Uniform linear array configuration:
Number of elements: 16
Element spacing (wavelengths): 0.75
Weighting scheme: blackman
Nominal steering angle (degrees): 30
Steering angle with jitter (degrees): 29.772
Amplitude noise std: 0.05
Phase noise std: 0.05

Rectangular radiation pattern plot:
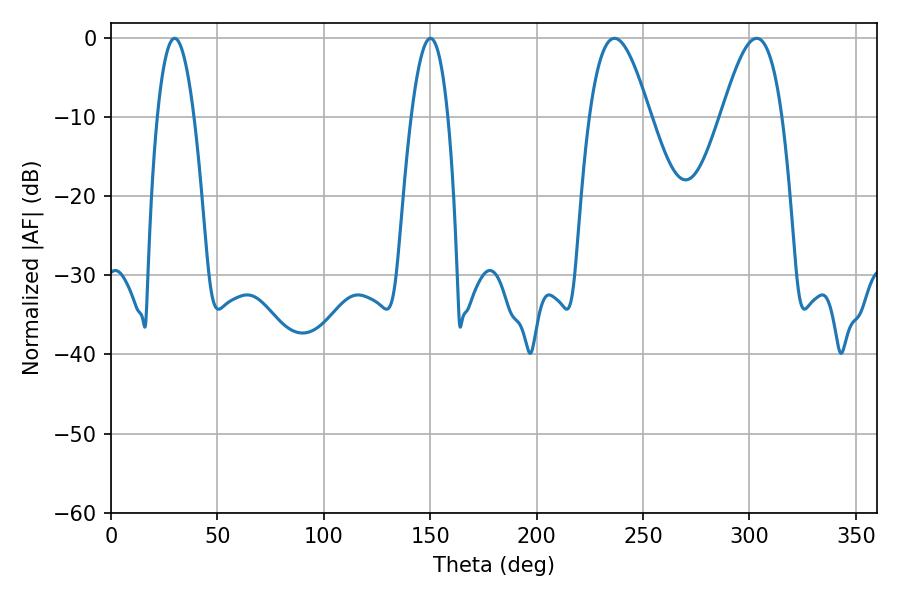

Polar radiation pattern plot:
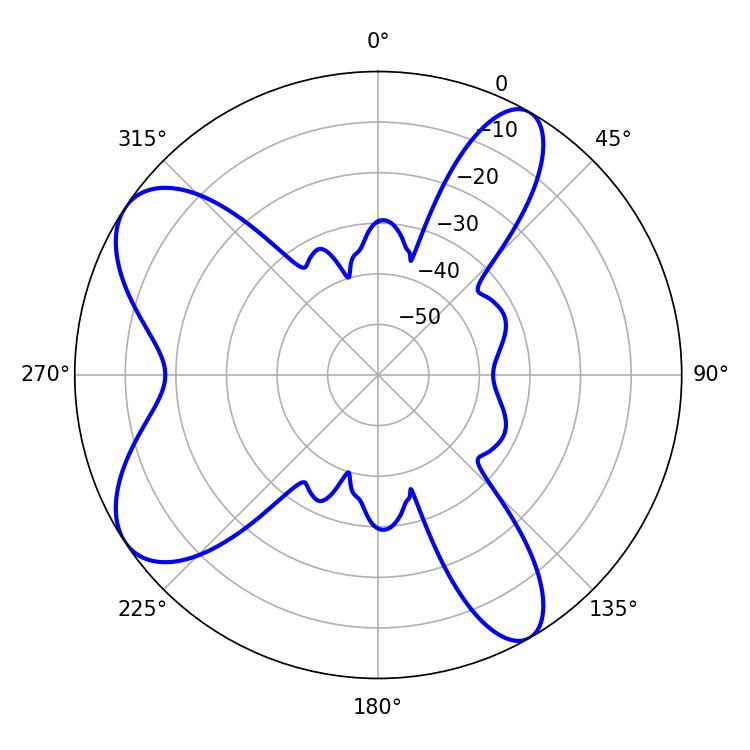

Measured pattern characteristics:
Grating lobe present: TRUE
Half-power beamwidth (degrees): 9.54
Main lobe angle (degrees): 29.88